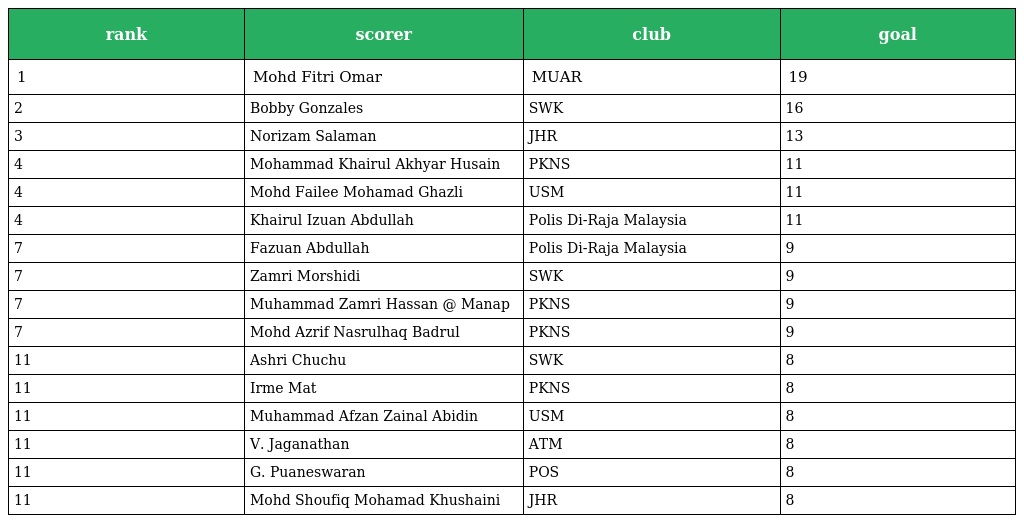
| rank | scorer | club | goal |
 | --- | --- | --- | --- |
 | 1 | Mohd Fitri Omar | MUAR | 19 |
 | 2 | Bobby Gonzales | SWK | 16 |
 | 3 | Norizam Salaman | JHR | 13 |
 | 4 | Mohammad Khairul Akhyar Husain | PKNS | 11 |
 | 4 | Mohd Failee Mohamad Ghazli | USM | 11 |
 | 4 | Khairul Izuan Abdullah | Polis Di-Raja Malaysia | 11 |
 | 7 | Fazuan Abdullah | Polis Di-Raja Malaysia | 9 |
 | 7 | Zamri Morshidi | SWK | 9 |
 | 7 | Muhammad Zamri Hassan @ Manap | PKNS | 9 |
 | 7 | Mohd Azrif Nasrulhaq Badrul | PKNS | 9 |
 | 11 | Ashri Chuchu | SWK | 8 |
 | 11 | Irme Mat | PKNS | 8 |
 | 11 | Muhammad Afzan Zainal Abidin | USM | 8 |
 | 11 | V. Jaganathan | ATM | 8 |
 | 11 | G. Puaneswaran | POS | 8 |
 | 11 | Mohd Shoufiq Mohamad Khushaini | JHR | 8 |